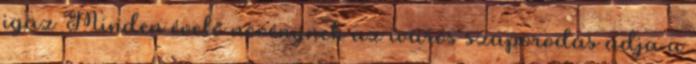
igaz Minden évelő növénynek az ivaros szaporodás adja a